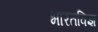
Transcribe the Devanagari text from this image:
भारतविज्ञ